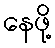
နေဖို့